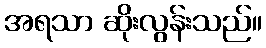
အရသာ ဆိုးလွန်းသည်။